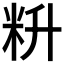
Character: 𰪮